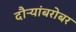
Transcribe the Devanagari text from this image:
दौऱ्यांबरोबर